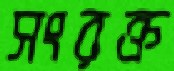
সংরক্ত